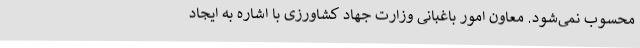
محسوب نمی‌شود. معاون امور باغبانی وزارت جهاد کشاورزی با اشاره به ایجاد